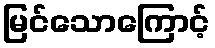
မြင်သောကြောင့်